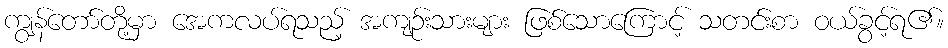
ကျွန်တော်တို့မှာ အေကလပ်ရသည့် အကျဉ်းသားများ ဖြစ်သောကြောင့် သတင်းစာ ဝယ်ခွင့်ရ၏။